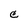
Character: C